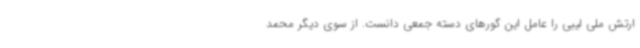
ارتش ملی لیبی را عامل این گورهای دسته جمعی دانست. از سوی دیگر محمد